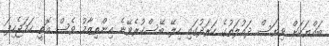
ބައްޔަކަށް ވިޔަސް ދައުލަތުގެ ހަރަދުގައި ހިލޭ ބޭސްކުރެވޭނެ އިންތިޒާމު ވެސް އޮތީ ހަމަޖެހިފަ